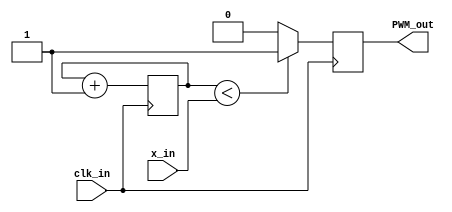
module speedcount_pwm(clk_in, x_in, PWM_out);   
            parameter bit = 6;  
 
            input clk_in;     
            input [bit-1:0] x_in;     
            output reg PWM_out = 1; 
     
            reg [bit-1:0] counter = 0;
     
            always@ (posedge clk_in )begin
                  if ( counter < x_in )
                        PWM_out <= 1;
                  else
                        PWM_out <= 0;
                  counter <= counter+1;
                  end
endmodule